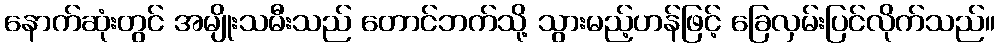
နောက်ဆုံးတွင် အမျိုးသမီးသည် တောင်ဘက်သို့ သွားမည့်ဟန်ဖြင့် ခြေလှမ်းပြင်လိုက်သည်။